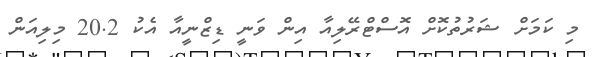
މި ކަމަށް ޝަރުތުކޮށް އޮސްޓްރޭލިއާ އިން ވަނީ ޑިޒްނީއާ އެކު 20.2 މިލިއަން